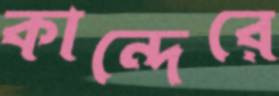
কান্দেরে